Indian journal of veterinary science and animal husbandry - Volume 4,
Year: 1934
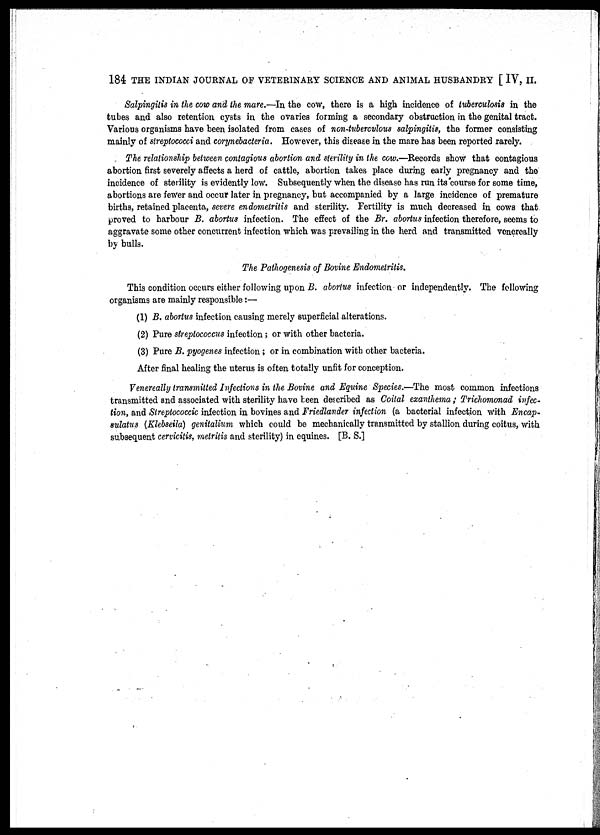
184 THE INDIAN JOURNAL OF VETERINARY SCIENCE AND ANIMAL HUSBANDRY [ IV, II.
Salpingitis in the cow and the mare.—In the cow, there is a high incidence of tuberculosis in the
tubes and also retention cysts in the ovaries forming a secondary obstruction in the genital tract.
Various organisms have been isolated from cases of non-tuberculous salpingitis, the former consisting
mainly of streptococci and corynebacteria. However, this disease in the mare has been reported rarely.
The relationship between contagious abortion and sterility in the cow.—Records show that contagious
abortion first severely affects a herd of cattle, abortion takes place during early pregnancy and the
incidence of sterility is evidently low. Subsequently when the disease has run its course for some time,
abortions are fewer and occur later in pregnancy, but accompanied by a large incidence of premature
births, retained placenta, severe endometritis and sterility. Fertility is much decreased in cows that
proved to harbour B. abortus infection. The effect of the Br. abortus infection therefore, seems to
aggravate some other concurrent infection which was prevailing in the herd and transmitted venereally
by bulls.
The Pathogenesis of Bovine Endometritis.
This condition occurs either following upon B. abortus infection or independently. The following
organisms are mainly responsible:—
(1) B. abortus infection causing merely superficial alterations.
(2) Pure streptococcus infection; or with other bacteria.
(3) Pure B. pyogenes infection; or in combination with other bacteria.
After final healing the uterus is often totally unfit for conception.
Venereally transmitted Infections in the Bovine and Equine Species.—The most common infections
transmitted and associated with sterility have been described as Coital exanthema ; Trichomonad infec-
tion, and Streptococcic infection in bovines and Friedlander infection (a bacterial infection with Encap-
sulatus (Klebseila) genitalium which could be mechanically transmitted by stallion during coitus, with
subsequent cervicitis, metritis and sterility) in equines. [B. S.]